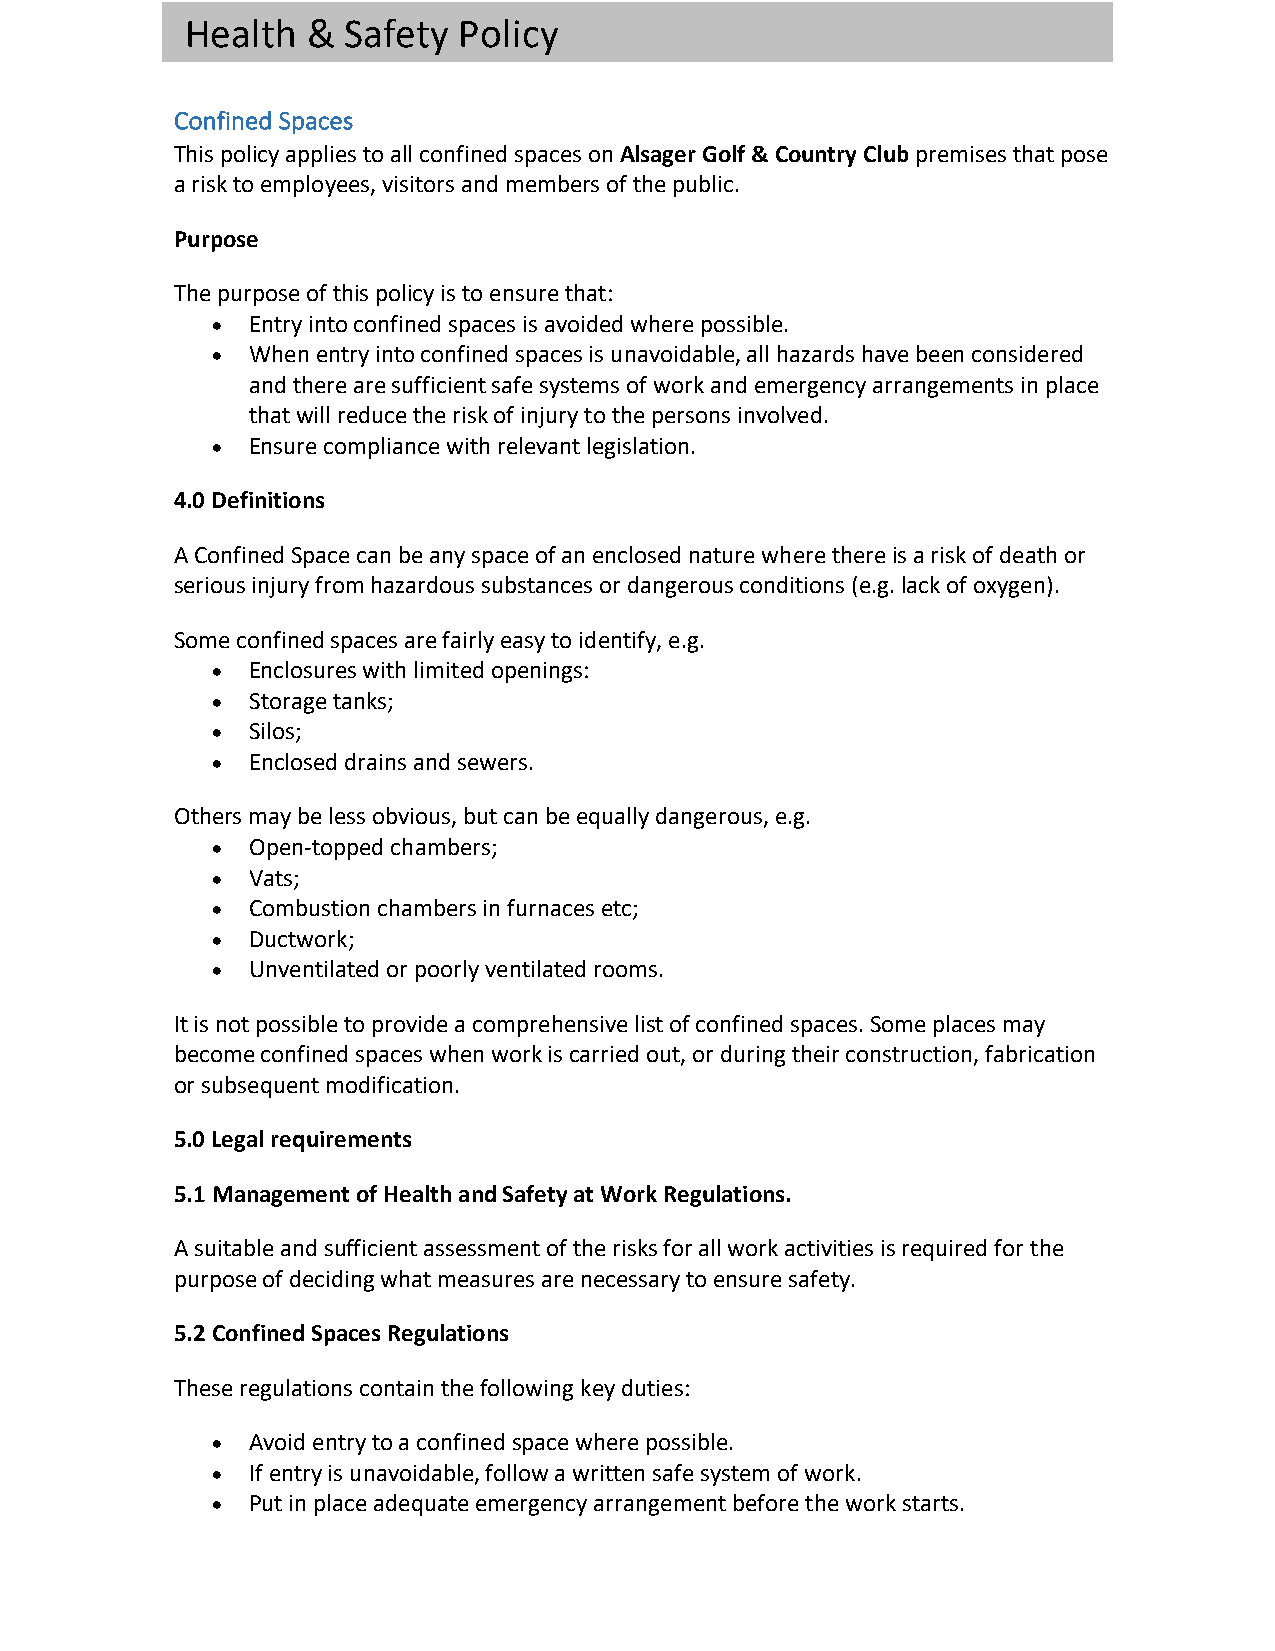
Health  &  Safety Policy
 Confined Spaces
 This policy applies to all confined spaces on Alsager Golf & Country Club premises that pose
 a risk to employees, visitors and members of the public.
 Purpose
 The purpose of this policy is to ensure that:
 • Entry into confined spaces is avoided where possible.
 • When entry into confined spaces is unavoidable, all hazards have been considered
 and there are sufficient safe systems of work and emergency arrangements in place
 that will reduce the risk of injury to the persons involved.
 • Ensure compliance with relevant legislation.
 4.0 Definitions
 A Confined Space can be any space of an enclosed nature where there is a risk of death or
 serious injury from hazardous substances or dangerous conditions (e.g. lack of oxygen).
 Some confined spaces are fairly easy to identify, e.g.
 • Enclosures with limited openings:
 • Storage tanks;
 • Silos;
 • Enclosed drains and sewers.
 Others may be less obvious, but can be equally dangerous, e.g.
 • Open-topped chambers;
 • Vats;
 • Combustion chambers in furnaces etc;
 • Ductwork;
 • Unventilated or poorly ventilated rooms.
 It is not possible to provide a comprehensive list of confined spaces. Some places may
 become confined spaces when work is carried out, or during their construction, fabrication
 or subsequent modification.
 5.0 Legal requirements
 5.1 Management of Health and Safety at Work Regulations.
 A suitable and sufficient assessment of the risks for all work activities is required for the
 purpose of deciding what measures are necessary to ensure safety.
 5.2 Confined Spaces Regulations
 These regulations contain the following key duties:
 • Avoid entry to a confined space where possible.
 • If entry is unavoidable, follow a written safe system of work.
 • Put in place adequate emergency arrangement before the work starts.